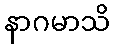
နာဂမာသိ